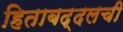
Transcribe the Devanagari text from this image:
हिताबद्दलची